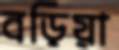
বড়িয়া